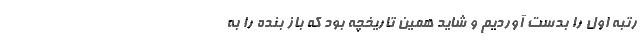
رتبه اول را بدست آوردیم و شاید همین تاریخچه بود که باز بنده را به